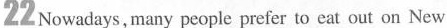
22Nowadays, many people prefer to eat out on New